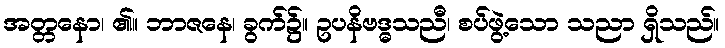
အတ္တနော၊ ၏။ ဘာဇနေ၊ ခွက်၌။ ဥပနိဗဒ္ဓသညီ၊ စပ်ဖွဲ့သော သညာ ရှိသည်။